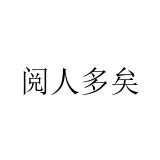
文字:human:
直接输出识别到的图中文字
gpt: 阅人多矣